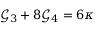
\mathcal { G } _ { 3 } + 8 \mathcal { G } _ { 4 } = 6 \kappa